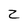
Character: Z